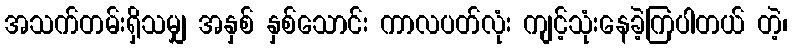
အသက်တမ်းရှိသမျှ အနှစ် နှစ်သောင်း ကာလပတ်လုံး ကျင့်သုံးနေခဲ့ကြပါတယ် တဲ့၊